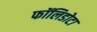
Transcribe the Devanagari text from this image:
फॉलिडोटा